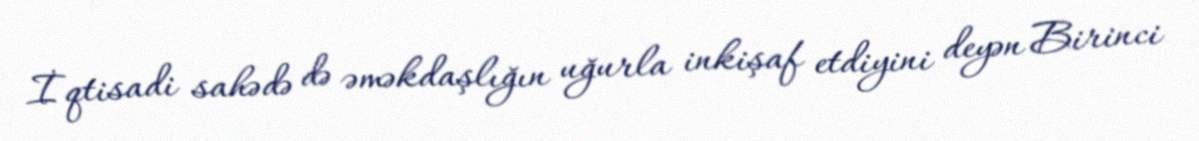
İqtisadi sahədə də əməkdaşlığın uğurla inkişaf etdiyini deyən Birinci